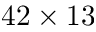
4 2 \times 1 3